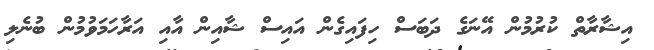
އިޝާރާތް ކުރުމުން އޭނަގެ ދަބަސް ހިފައިގެން އައިސް ޝާއިން އާއި އަރާހަމަވުމުން ބުނެލި